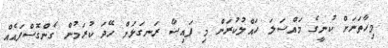
މިހާތަނަށް ކުނީގެ މައްސަލަ ހައްލުކުރަން މި ފައިސާ ރަނގަަޅަށް ހޭދަ ކުރަމުން ގެންގޮސްފައެއް